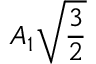
A _ { 1 } { \sqrt { \frac { 3 } { 2 } } }